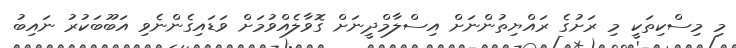
މި މިސްކިތަކީ މި ރަށުގެ ރައްޔިތުންނަށް އިސްލާމްދީނަށް ގޮވާލެއްވުމަށް ވަޑައިގެންނެވި އަބޫބަކުރު ނައިބު